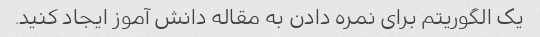
یک الگوریتم برای نمره دادن به مقاله دانش آموز ایجاد کنید.